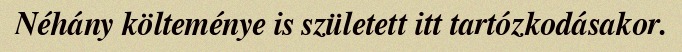
Néhány költeménye is született itt tartózkodásakor.